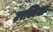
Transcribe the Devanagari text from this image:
उरक्विजा